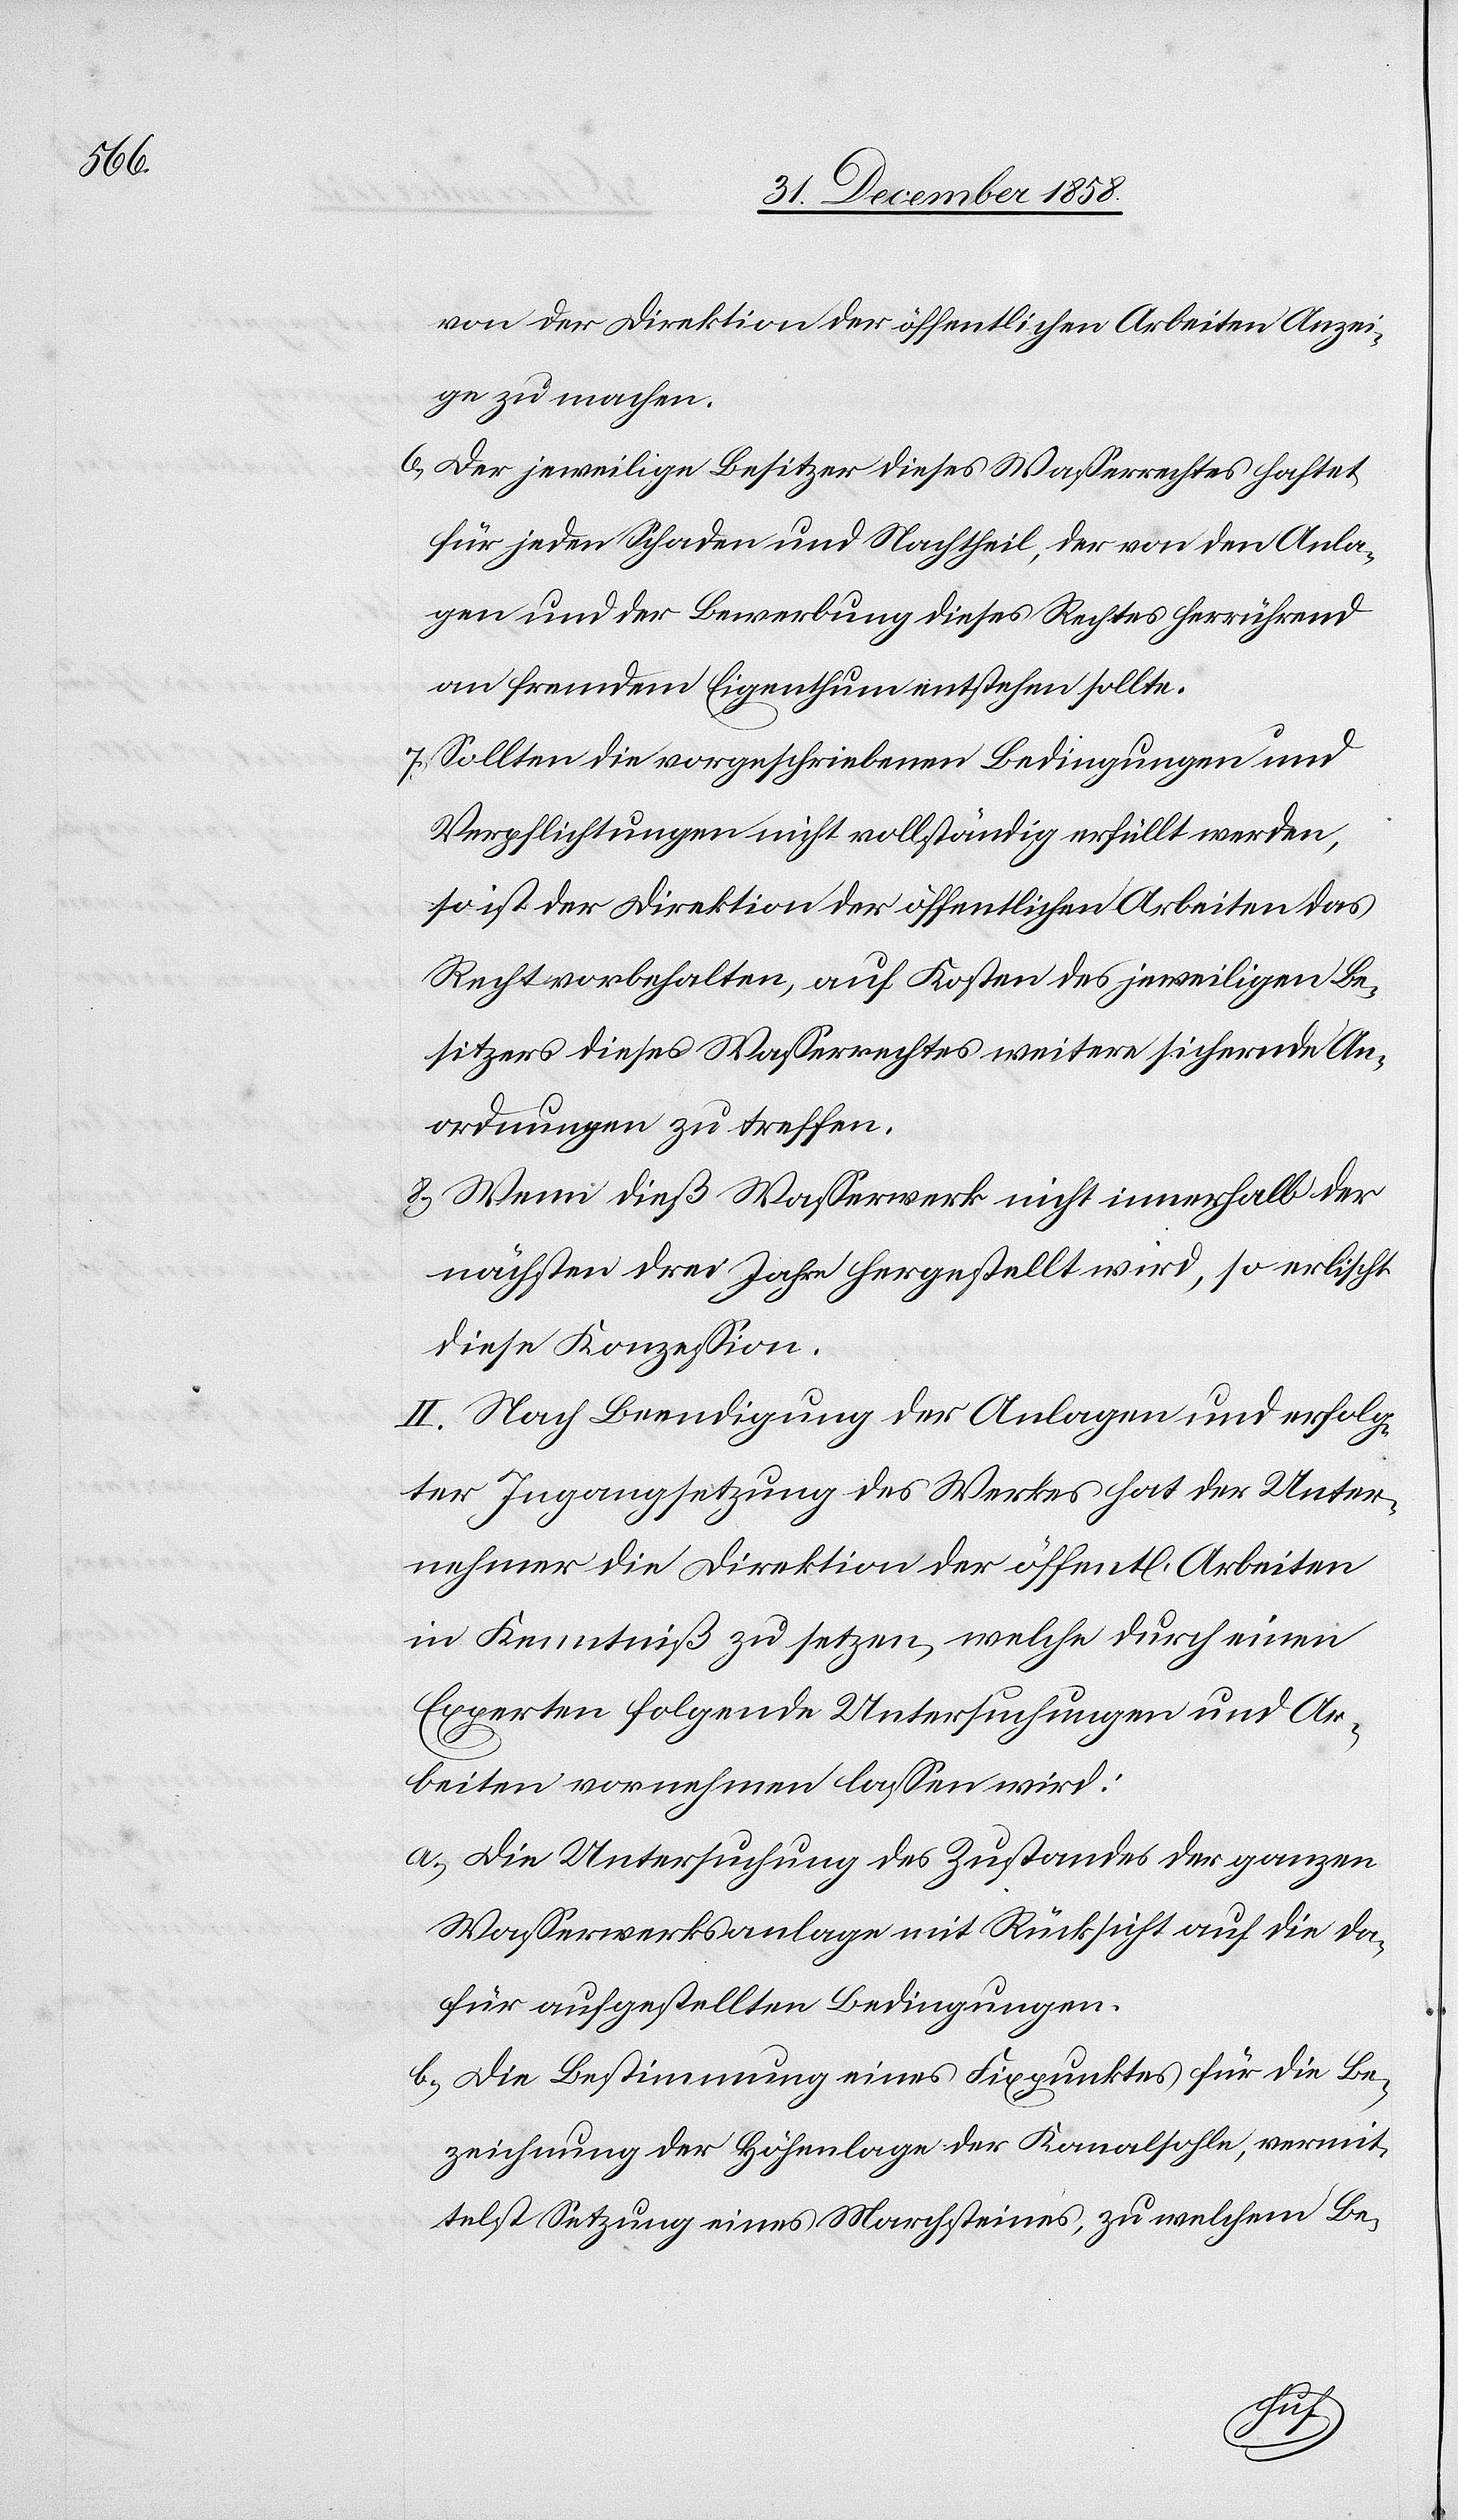
von der Direktion der öffentlichen Arbeiten Anzei¬
ge zu machen.
Der jeweilige Besitzer dieses Wasserrechtes haftet
für jeden Schaden und Nachtheil, der von den Anla¬
gen und der Bewerbung dieses Rechtes herrührend
an fremdem Eigenthum entstehen sollte.
Sollten die vorgeschriebenen Bedingungen und
Verpflichtungen nicht vollständig erfüllt werden,
so ist der Direktion der öffentlichen Arbeiten das
Recht vorbehalten, auf Kosten des jeweiligen Be¬
sitzers dieses Wasserrechtes weitere sichernde An¬
ordnungen zu treffen.
Wenn dieß Wasserwerk nicht innerhalb der
nächsten drei Jahre hergestellt wird, so erlischt
diese Konzession.
II. Nach Beendigung der Anlagen und erfolg¬
ter Ingangsetzung des Werkes hat der Unter¬
nehmer die Direktion der öffent[lichen] Arbeiten
in Kenntniß zu setzen, welche durch einen
Experten folgende Untersuchungen und Ar¬
beiten vornehmen lassen wird:
Die Untersuchung des Zustandes der ganzen
Wasserwerksanlage mit Rücksicht auf die da¬
für aufgestellten Bedingungen.
Die Bestimmung eines Fixpunktes für die Be¬
zeichnung der Höhenlage der Kanalsohle, vermit¬
telst Setzung eines Marchsteines, zu welchem Be-